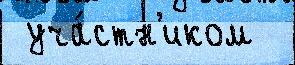
 уча́стн'иком